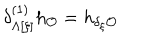
\delta _ { \Lambda [ \xi ] } ^ { ( 1 ) } h _ { \cal O } = h _ { \delta _ { \xi } { \cal O } }